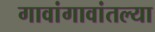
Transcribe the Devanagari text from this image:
गावांगावांतल्या